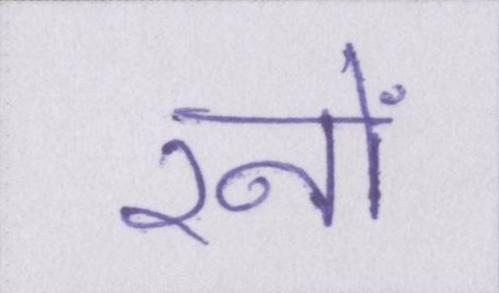
रनों